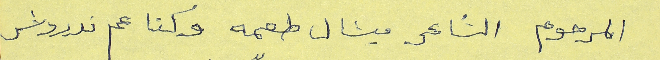
المرحوم الشاعر ميشال طعمه وكنا عم ندردش